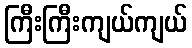
ကြီးကြီးကျယ်ကျယ်